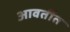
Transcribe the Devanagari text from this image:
आवर्तीत